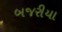
બજરીયા